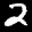
Label: 2